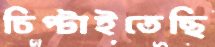
চিপ্‌টাইতেছি